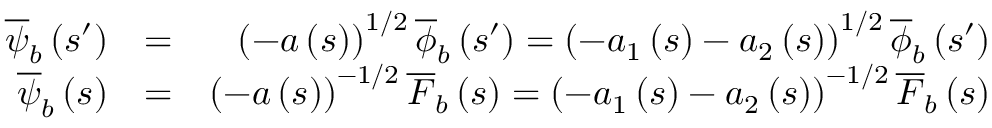
\begin{array} { r l r } { \overline { { \psi } } _ { b } \left( s ^ { \prime } \right) } & { = } & { \left( - a \left( s \right) \right) ^ { 1 / 2 } \overline { { \phi } } _ { b } \left( s ^ { \prime } \right) = \left( - a _ { 1 } \left( s \right) - a _ { 2 } \left( s \right) \right) ^ { 1 / 2 } \overline { { \phi } } _ { b } \left( s ^ { \prime } \right) } \\ { \overline { { \psi } } _ { b } \left( s \right) } & { = } & { \left( - a \left( s \right) \right) ^ { - 1 / 2 } \overline { { F } } _ { b } \left( s \right) = \left( - a _ { 1 } \left( s \right) - a _ { 2 } \left( s \right) \right) ^ { - 1 / 2 } \overline { { F } } _ { b } \left( s \right) } \end{array}